Lunatic asylums in Bengal annual reports 1899-1911 - 1899-1911
Year: 1899
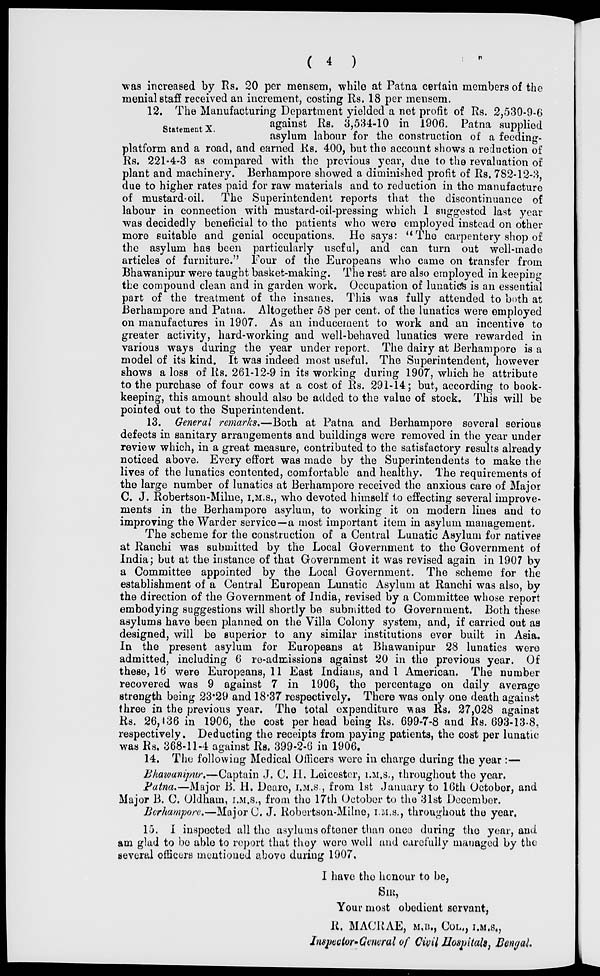
( 4 )
was increased by Rs. 20 per mensem, while at Patna certain members of the
menial staff received an increment, costing Rs, 18 per mensem.
Statement X.
12. The Manufacturing Department yielded a net profit of Rs. 2,530-9-6
against Rs. 3,534-10 in 1906. Patna supplied
asylum labour for the construction of a feeding-
platform and a road, and earned Rs. 400, but the account shows a reduction of
Rs. 221-4-3 as compared with the previous year, due to the revaluation of
plant and machinery. Berhampore showed a diminished profit of Rs. 782-12-3,
due to higher rates paid for raw materials and to reduction in the manufacture
of mustard-oil. The Superintendent reports that the discontinuance of
labour in connection with mustard-oil-pressing which 1 suggested last year
was decidedly beneficial to the patients who were employed instead on other
more suitable and genial occupations. He says: "The carpentery shop of
the asylum has been particularly useful, and can turn out well-made
articles of furniture." Four of the Europeans who came on transfer from
Bhawanipur were taught basket-making. The rest are also employed in keeping
the compound clean and in garden work. Occupation of lunatics is an essential
part of the treatment of the insanes. This was fully attended to both at
Berhampore and Patna. Altogether 58 per cent. of the lunatics were employed
on manufactures in 1907. As an inducement to work and an incentive to
greater activity, hard-working and well-behaved lunatics were rewarded in
various ways during the year under report. The dairy at Berhampore is a
model of its kind. It was indeed most useful. The Superintendent, however
shows a loss of Rs. 261-12-9 in its working during 1907, which he attribute
to the purchase of four cows at a cost of Rs. 291-14; but, according to book-
keeping, this amount should also be added to the value of stock. This will be
pointed out to the Superintendent.
13. General remarks.—Both at Patna and Berhampore several serious
defects in sanitary arrangements and buildings were removed in the year under
review which, in a great measure, contributed to the satisfactory results already
noticed above. Every effort was made by the Superintendents to make the
lives of the lunatics contented, comfortable and healthy. The requirements of
the large number of lunatics at Berhampore received the anxious care of Major
C. J. Robertson-Milne, I.M.S., who devoted himself to effecting several improve-
ments in the Berhampore asylum, to working it on modern lines and to
improving the Warder service—a most important item in asylum management.
The scheme for the construction of a Central Lunatic Asylum for natives
at Ranchi was submitted by the Local Government to the Government of
India; but at the instance of that Government it was revised again in 1907 by
a Committee appointed by the Local Government. The scheme for the
establishment of a Central European Lunatic Asylum at Ranchi was also, by
the direction of the Government of India, revised by a Committee whose report
embodying suggestions will shortly be submitted to Government. Both these
asylums have been planned on the Villa Colony system, and, if carried out as
designed, will be superior to any similar institutions ever built in Asia.
In the present asylum for Europeans at Bhawanipur 28 lunatics were
admitted, including 6 re-admissions against 20 in the previous year. Of
these, 16 were Europeans, 11 East Indians, and 1 American. The number
recovered was 9 against 7 in 1906, the percentage on daily average
strength being 23.29 and 18.37 respectively. There was only one death against
three in the previous year. The total expenditure was Rs. 27,028 against
Rs. 26,436 in 1906, the cost per head being Rs. 699-7-8 and Rs. 693-13-8,
respectively. Deducting the receipts from paying patients, the cost per lunatic
was Rs. 368-11-4 against Rs. 399-2-6 in 1906.
14. The following Medical Officers were in charge during the year :—
Bhawanipur.—Captain J. C. H. Leicester, I.M.S., throughout the year.
Patna.—Major B. H. Deare, I.M.S., from 1st January to 16th October, and
Major B. C. Oldham, I.M.S., from the 17th October to the 31st December.
Berhampore.—Major C. J. Robertson-Milne, I.M.S., throughout the year.
15. I inspected all the asylums oftener than once during the year, and
am glad to be able to report that they were well and carefully managed by the
several officers mentioned above during 1907.
I have the honour to be,
SIR,
Your most obedient servant,
R. MACRAE, M.B., COL., I.M.S.,
Inspector-General of Civil Hospitals, Bengal.